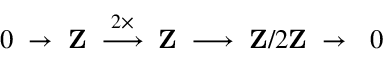
0 \; \to \; \mathbf { Z } \; \; { \overset { 2 \times } { \longrightarrow } } \; \; \mathbf { Z } \; \longrightarrow \; \mathbf { Z } / 2 \mathbf { Z } \; \to \; \ 0